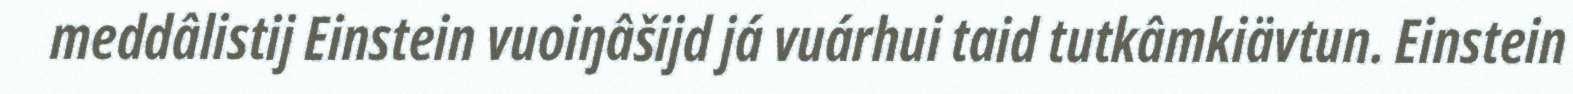
meddâlistij Einstein vuoiŋâšijd já vuárhui taid tutkâmkiävtun. Einstein